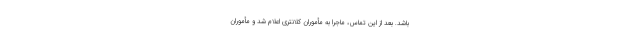
باشد. بعد از این تماس، ماجرا به مأموران کلانتری اعلام شد و مأموران